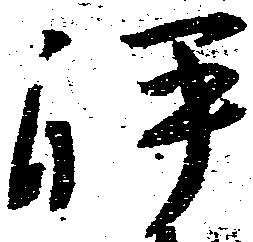
岼